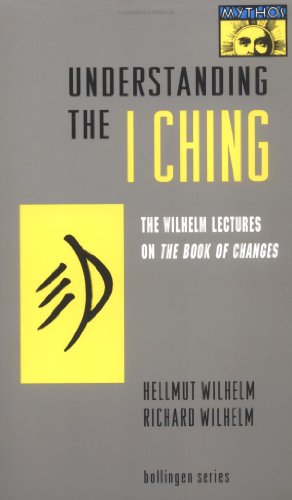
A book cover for Understanding the I Ching; Hellmut Wilhelm; Religion & Spirituality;